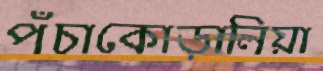
পঁচাকোড়ালিয়া